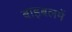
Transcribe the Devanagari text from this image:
बाइबलमें